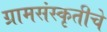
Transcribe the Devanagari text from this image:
ग्रामसंस्कृतीचे